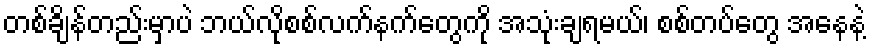
တစ်ချိန်တည်းမှာပဲ ဘယ်လိုစစ်လက်နက်တွေကို အသုံးချရမယ်၊ စစ်တပ်တွေ အနေနဲ့